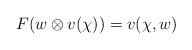
LaTeX: \begin{align*}F(w\otimes v(\chi))=v(\chi,w)\end{align*}